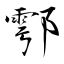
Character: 鄠